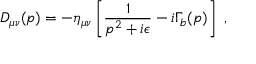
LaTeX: D _ { \mu \nu } ( p ) = - \eta _ { \mu \nu } \left[ { \frac { 1 } { p ^ { 2 } + i \epsilon } } - i \Gamma _ { b } ( p ) \right] \, \, ,